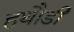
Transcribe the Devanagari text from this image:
हथौडी